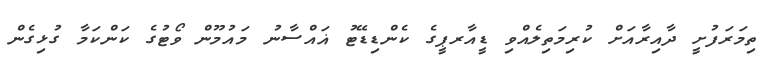
ތިމަރަފުށީ ދާއިރާއަށް ކުރިމަތިލެއްވި ޑީއާރޕީގެ ކެންޑިޑޭޓު ޣައްސާނު މައުމޫން ވޯޓުގެ ކަންކަމާ ގުޅިގެން